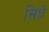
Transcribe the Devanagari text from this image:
सिधे